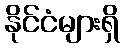
နိုင်ငံများရှိ